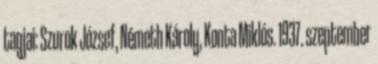
tagjai: Szurok József, Németh Károly, Konta Miklós. 1937. szeptember